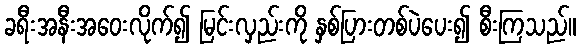
ခရီးအနီးအဝေးလိုက်၍ မြင်းလှည်းကို နှစ်ပြားတစ်ပဲပေး၍ စီးကြသည်။